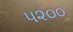
૫૨૦૦